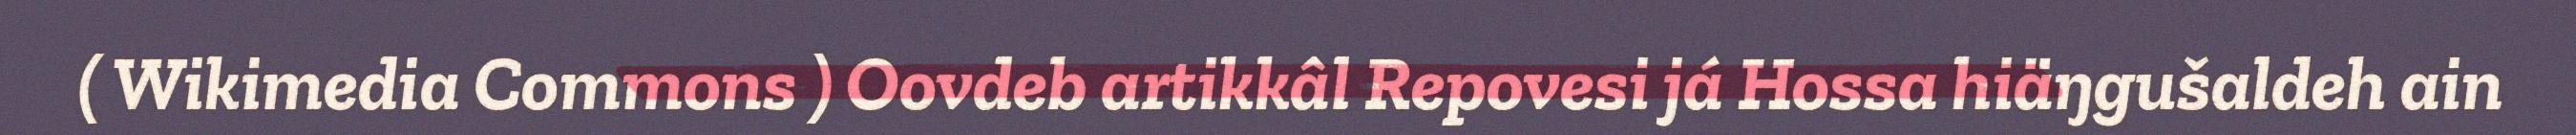
( Wikimedia Commons ) Oovdeb artikkâl Repovesi já Hossa hiäŋgušaldeh ain